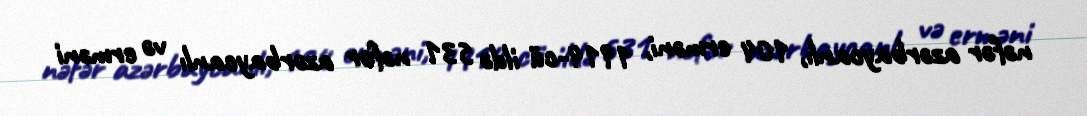
nəfər azərbaycanlı, 104 erməni, 1914-cü ildə 531 nəfər azərbaycanlı və erməni